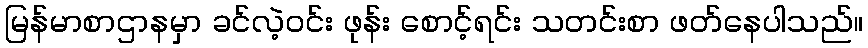
မြန်မာစာဌာနမှာ ခင်လဲ့ဝင်း ဖုန်း စောင့်ရင်း သတင်းစာ ဖတ်နေပါသည်။